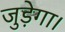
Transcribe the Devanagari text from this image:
जुड़ेगा।